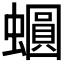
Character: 𧒪